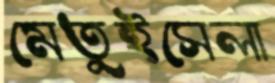
মেতুইসেলা